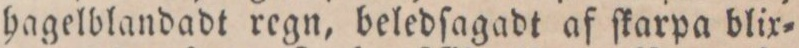
hagelblandadt regn, beledſagadt af ſkarpa blix=